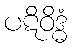
ပဋိဝိဒ္ဓံ